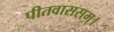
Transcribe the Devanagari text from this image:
पीतवाससम्‌।